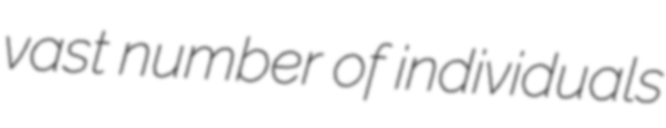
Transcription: vast number of individuals